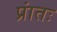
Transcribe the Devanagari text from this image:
प्रांतः